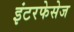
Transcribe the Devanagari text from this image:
इंटरफेसेज